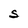
Character: S